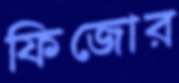
ফিজোর